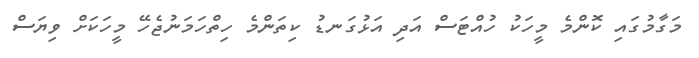
މަގާމުގައި ކޮންމެ މީހަކު ހުއްޓަސް އަދި އަޅުގަނޑު ކިތަންމެ ހިތްހަމަނުޖެހޭ މީހަކަށް ވިޔަސް